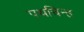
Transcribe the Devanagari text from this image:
पथचिन्ह